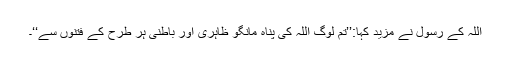
اللہ کے رسول نے مزید کہا:’’تم لوگ اللہ کی پناہ مانگو ظاہری اور باطنی ہر طرح کے فتنوں سے‘‘۔